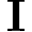
\mathbf { I }